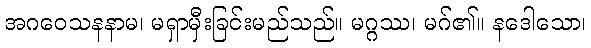
အဂဝေသနနာမ၊ မရှာမှီးခြင်းမည်သည်။ မဂ္ဂဿ၊ မဂ်၏။ နဒေါသော၊